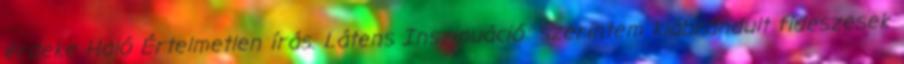
érdeke Haló Értelmetlen írás. Látens Inszinuáció: szerintem kiábrándult fideszesek